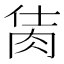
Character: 𦚘